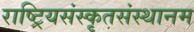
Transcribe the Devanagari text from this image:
राष्ट्रियसंस्कृतसंस्थानम